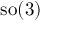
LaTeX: \operatorname { s o } ( 3 )